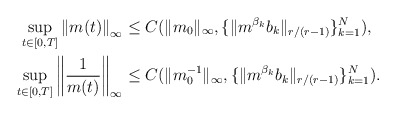
\begin{align*} \sup_{t \in [0,T]}\left\|m(t)\right\|_\infty &\leq C(\|m_0\|_\infty,\{\|m^{\beta_k} b_k\|_{r/(r-1)}\}_{k=1}^N), \\\sup_{t \in [0,T]}\left\|\frac{1}{m(t)} \right\|_\infty &\leq C(\|m_0^{-1}\|_\infty,\{\|m^{\beta_k} b_k\|_{r/(r-1)}\}_{k=1}^N).\end{align*}